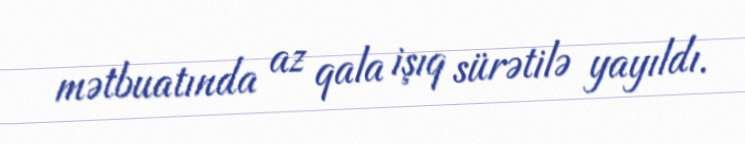
mətbuatında az qala işıq sürətilə yayıldı.